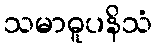
သမာဓူပနိသံ